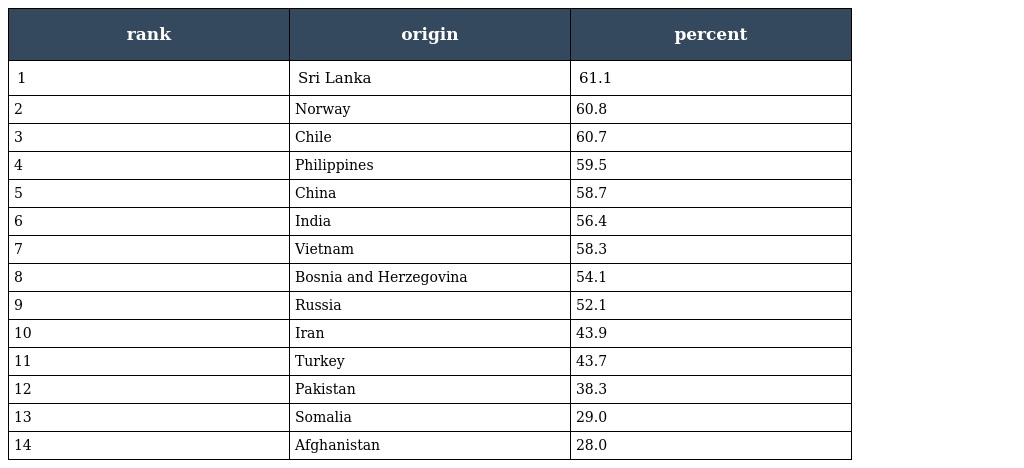
| rank | origin | percent |
 | --- | --- | --- |
 | 1 | Sri Lanka | 61.1 |
 | 2 | Norway | 60.8 |
 | 3 | Chile | 60.7 |
 | 4 | Philippines | 59.5 |
 | 5 | China | 58.7 |
 | 6 | India | 56.4 |
 | 7 | Vietnam | 58.3 |
 | 8 | Bosnia and Herzegovina | 54.1 |
 | 9 | Russia | 52.1 |
 | 10 | Iran | 43.9 |
 | 11 | Turkey | 43.7 |
 | 12 | Pakistan | 38.3 |
 | 13 | Somalia | 29.0 |
 | 14 | Afghanistan | 28.0 |